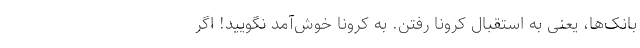
بانک‌ها، یعنی به استقبال کرونا رفتن. به کرونا خوش‌آمد نگویید! اگر